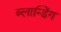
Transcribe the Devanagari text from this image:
ब्लान्डिंग